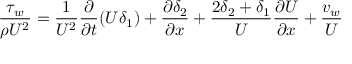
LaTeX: { \frac { \tau _ { w } } { \rho U ^ { 2 } } } = { \frac { 1 } { U ^ { 2 } } } { \frac { \partial } { \partial t } } ( U \delta _ { 1 } ) + { \frac { \partial \delta _ { 2 } } { \partial x } } + { \frac { 2 \delta _ { 2 } + \delta _ { 1 } } { U } } { \frac { \partial U } { \partial x } } + { \frac { v _ { w } } { U } }